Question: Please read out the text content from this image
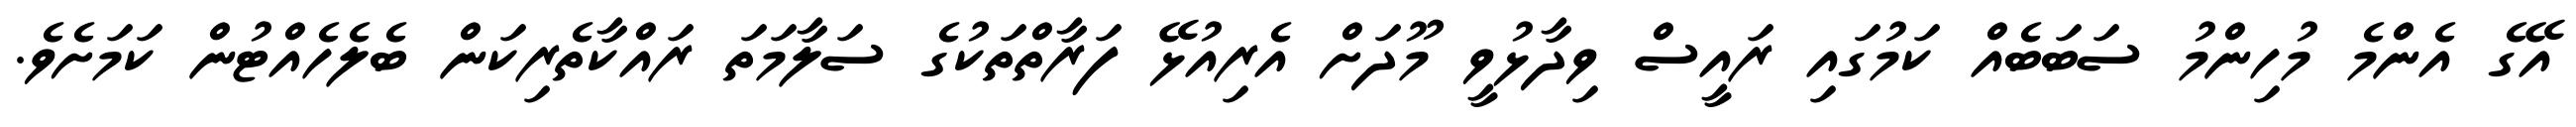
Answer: އޭގެ އެންމެ މުހިންމު ސަބަބެއް ކަމުގައި ރައީސް ވިދާޅުވީ މޫދަށް އެރިއުޅޭ ފަރާތްތަކުގެ ސަލާމަތަ ރައްކާތެރިކަން ބެލެހެއްޓުން ކަމަށެވެ.